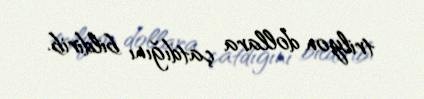
trilyon dollara çatdığını bildirib.